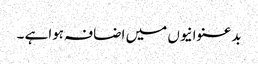
بدعنوانیوں میں اضافہ ہواہے ۔